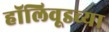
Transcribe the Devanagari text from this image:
हॉलिवूडच्या